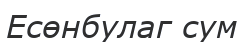
Есөнбулаг сум